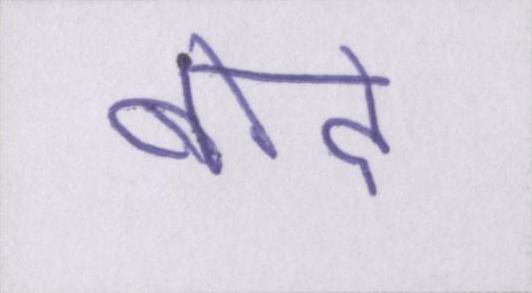
बोदे